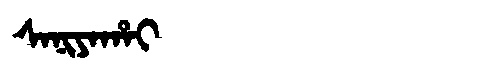
Manchu: ᠰᠠᠨᡳᠶᠠᡥᠠᡳ
Romanization: SANIYAHAI